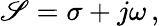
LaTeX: \mathscr{S}=\sigma+j\omega\, ,